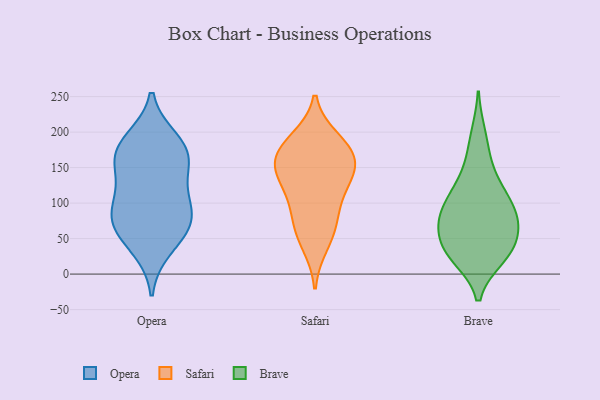
{"axis": {"x": "Satisfaction Score", "y": "Value"}, "legend": ["Brave", "Opera", "Safari"], "data": [{"x": "", "y": 154, "type": "Opera"}, {"x": "", "y": 83, "type": "Opera"}, {"x": "", "y": 166, "type": "Opera"}, {"x": "", "y": 105, "type": "Opera"}, {"x": "", "y": 181, "type": "Opera"}, {"x": "", "y": 72, "type": "Opera"}, {"x": "", "y": 164, "type": "Opera"}, {"x": "", "y": 116, "type": "Opera"}, {"x": "", "y": 37, "type": "Opera"}, {"x": "", "y": 76, "type": "Opera"}, {"x": "", "y": 188, "type": "Opera"}, {"x": "", "y": 60, "type": "Opera"}, {"x": "", "y": 100, "type": "Safari"}, {"x": "", "y": 152, "type": "Safari"}, {"x": "", "y": 111, "type": "Safari"}, {"x": "", "y": 41, "type": "Safari"}, {"x": "", "y": 141, "type": "Safari"}, {"x": "", "y": 190, "type": "Safari"}, {"x": "", "y": 64, "type": "Safari"}, {"x": "", "y": 137, "type": "Safari"}, {"x": "", "y": 71, "type": "Safari"}, {"x": "", "y": 152, "type": "Safari"}, {"x": "", "y": 165, "type": "Safari"}, {"x": "", "y": 183, "type": "Safari"}, {"x": "", "y": 177, "type": "Safari"}, {"x": "", "y": 72, "type": "Brave"}, {"x": "", "y": 66, "type": "Brave"}, {"x": "", "y": 130, "type": "Brave"}, {"x": "", "y": 31, "type": "Brave"}, {"x": "", "y": 28, "type": "Brave"}, {"x": "", "y": 86, "type": "Brave"}, {"x": "", "y": 105, "type": "Brave"}, {"x": "", "y": 63, "type": "Brave"}, {"x": "", "y": 196, "type": "Brave"}, {"x": "", "y": 24, "type": "Brave"}, {"x": "", "y": 39, "type": "Brave"}, {"x": "", "y": 118, "type": "Brave"}, {"x": "", "y": 30, "type": "Brave"}, {"x": "", "y": 92, "type": "Brave"}, {"x": "", "y": 81, "type": "Brave"}, {"x": "", "y": 162, "type": "Brave"}]}